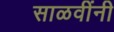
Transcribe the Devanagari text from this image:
साळवींनी